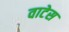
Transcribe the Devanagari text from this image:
वाटेस